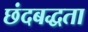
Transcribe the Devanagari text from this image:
छंदबद्धता